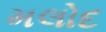
મલોદ